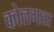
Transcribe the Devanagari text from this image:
कोलगता